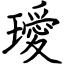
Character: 璦